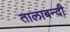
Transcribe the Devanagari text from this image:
तालाबन्दी